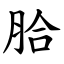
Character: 䏩